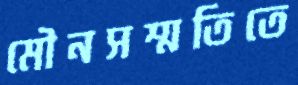
মৌনসম্মতিতে